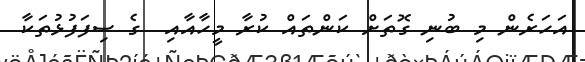
އަހަރެން މި ބުނި ގޮތަށް ކަންތައް ކުރާ މީހާއާއި  ގެ ސިފަފުޅުތަކާ